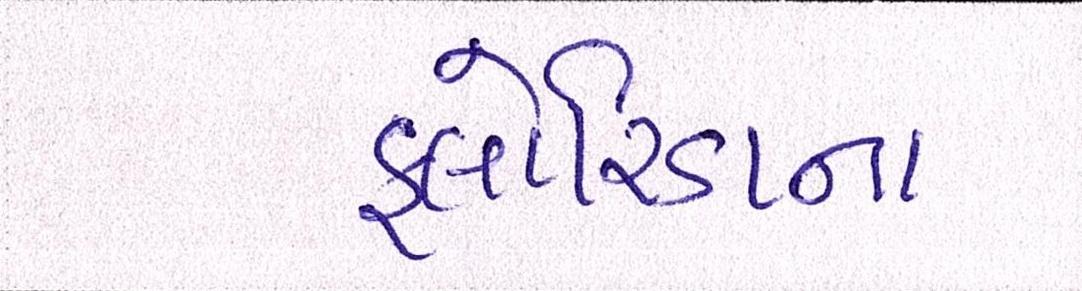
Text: ફ્લોરિડાના